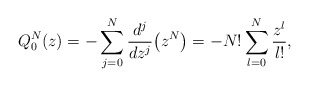
\begin{gather*} Q_{0}^{N}(z)=-\sum_{j=0}^{N}\frac{d^{j}}{dz^{j}}\big( z^{N}\big) =-N!\sum_{l=0}^{N}\frac{z^{l}}{l!},\end{gather*}